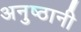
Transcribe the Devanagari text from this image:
अनुष्ठानी